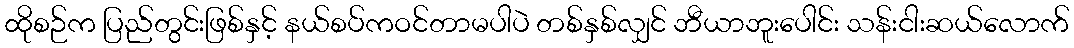
ထိုစဉ်က ပြည်တွင်းဖြစ်နှင့် နယ်စပ်ကဝင်တာမပါပဲ တစ်နှစ်လျှင် ဘီယာဘူးပေါင်း သန်းငါးဆယ်လောက်